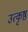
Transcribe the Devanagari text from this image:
उत्‍कृष्ठ